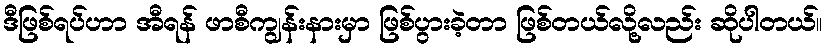
ဒီဖြစ်ရပ်ဟာ အီရန် ဖာစီကျွန်းနားမှာ ဖြစ်ပွားခဲ့တာ ဖြစ်တယ်လို့လည်း ဆိုပါတယ်။